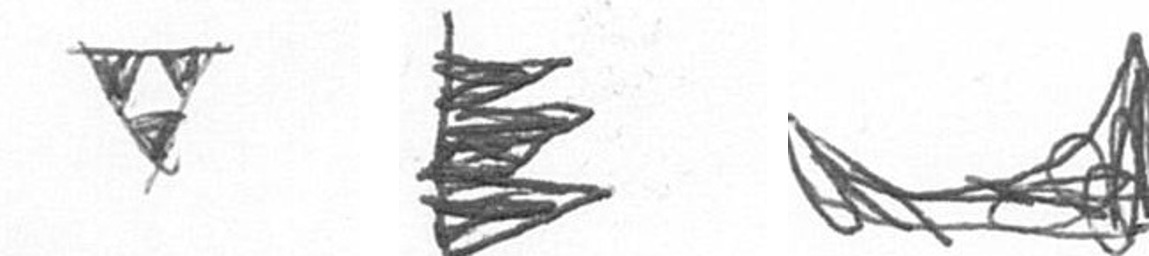
S H O